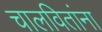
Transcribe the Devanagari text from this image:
चालवितांना